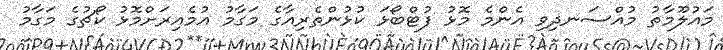
މައުލޫމާތު މުއްސަނދިވި އެންމެ މޮޅު ފުޓްބޯޅަ ކުޅުންތެރިއާގެ މަގާމު އުމެއިރަށްމޮޅު ކޯޗުގެ މަގާމު